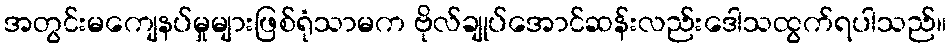
အတွင်းမကျေနပ်မှုများဖြစ်ရုံသာမက ဗိုလ်ချုပ်အောင်ဆန်းလည်းဒေါသထွက်ရပါသည်။